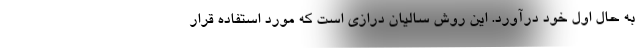
به حال اول خود درآورد. این روش سالیان درازی است که مورد استفاده قرار